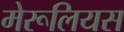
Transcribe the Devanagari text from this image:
मेरूलियस